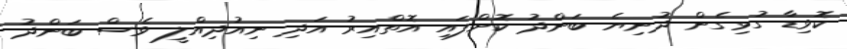
ކޮވިޑާ ގުޅިގެން ދުނިޔެ ބަންދު ކޮށްފައި އޮތްއިރު އަދި ނިއުދިއްލީ ވެސް ބަންދު